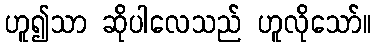
ဟူ၍သာ ဆိုပါလေသည် ဟူလိုသော်။